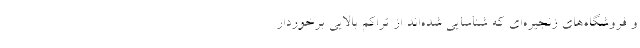
و فروشگاه‌های زنجیره‌ای که شناسایی شده‌اند از تراکم بالایی برخوردار